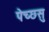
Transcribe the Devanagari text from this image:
पेच्छसु